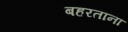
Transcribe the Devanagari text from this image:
बहरताना